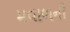
મવાળની